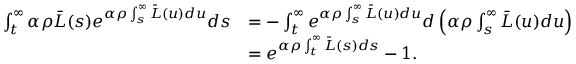
\begin{array} { r l } { \int _ { t } ^ { \infty } \alpha \rho \bar { L } ( s ) e ^ { \alpha \rho \int _ { s } ^ { \infty } \bar { L } ( u ) d u } d s } & { = - \int _ { t } ^ { \infty } e ^ { \alpha \rho \int _ { s } ^ { \infty } \bar { L } ( u ) d u } d \left( \alpha \rho \int _ { s } ^ { \infty } \bar { L } ( u ) d u \right) } \\ & { = e ^ { \alpha \rho \int _ { t } ^ { \infty } \bar { L } ( s ) d s } - 1 . } \end{array}